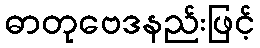
ဓာတုဗေဒနည်းဖြင့်